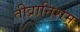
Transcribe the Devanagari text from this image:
तीव्रानिशम्‌